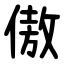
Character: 傲